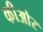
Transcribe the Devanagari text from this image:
कीओर